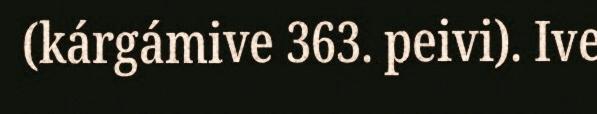
(kárgámive 363. peivi). Ive